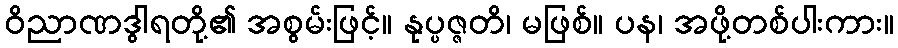
ဝိညာဏဒွါရတို့၏ အစွမ်းဖြင့်။ နုပ္ပဇ္ဇတိ၊ မဖြစ်။ ပန၊ အဖို့တစ်ပါးကား။